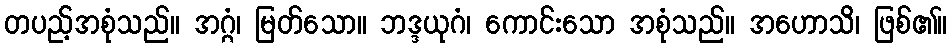
တပည့်အစုံသည်။ အဂ္ဂံ၊ မြတ်သော။ ဘဒ္ဒယုဂံ၊ ကောင်းသော အစုံသည်။ အဟောသိ၊ ဖြစ်၏။